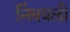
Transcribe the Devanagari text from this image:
निंबवली